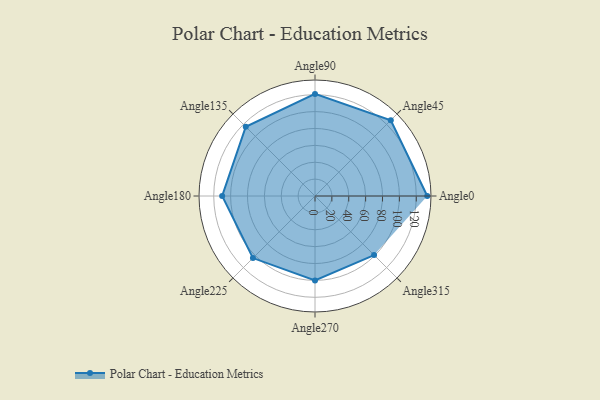
{"axis": {"x": "Angle", "y": "Radius"}, "legend": [""], "data": [{"x": "Angle0", "y": 133.0, "type": ""}, {"x": "Angle45", "y": 127.0, "type": ""}, {"x": "Angle90", "y": 121.0, "type": ""}, {"x": "Angle135", "y": 116.0, "type": ""}, {"x": "Angle180", "y": 110.0, "type": ""}, {"x": "Angle225", "y": 104.0, "type": ""}, {"x": "Angle270", "y": 100.0, "type": ""}, {"x": "Angle315", "y": 99.0, "type": ""}]}